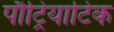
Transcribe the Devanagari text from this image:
पौट्रियाटिक